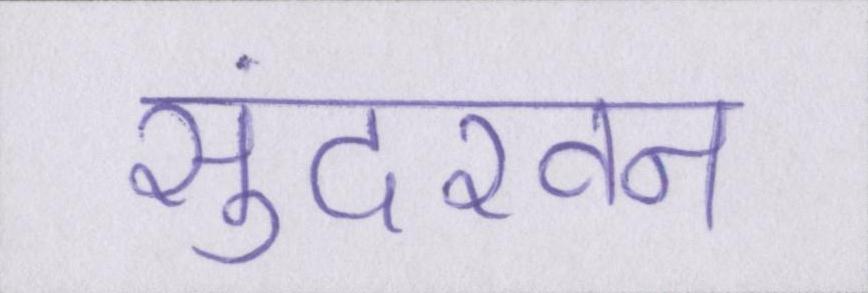
सुंदरवन